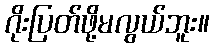
ဂိုးပြတ်ဖို့မလွယ်ဘူး။